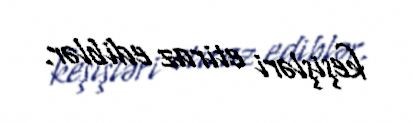
keşişləri etiraz ediblər.